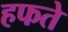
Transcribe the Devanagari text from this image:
हफते